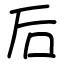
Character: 后